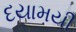
દયામયી